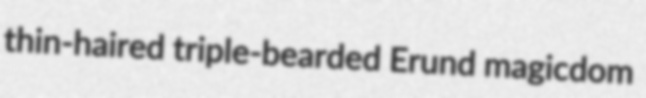
thin-haired triple-bearded Erund magicdom